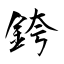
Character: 銙